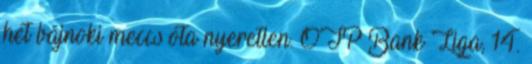
hét bajnoki meccs óta nyeretlen. OTP Bank Liga, 14.